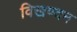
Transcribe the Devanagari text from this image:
विखण्दन